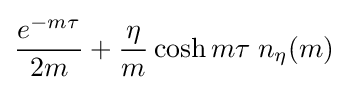
{\frac {e^{-m\tau }}{2m}}+{\frac {\eta }{m}}\cosh {m\tau }\;n_{\eta }(m)